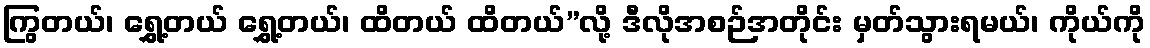
ကြွတယ်၊ ရွှေ့တယ် ရွှေ့တယ်၊ ထိတယ် ထိတယ်”လို့ ဒီလိုအစဉ်အတိုင်း မှတ်သွားရမယ်၊ ကိုယ်ကို